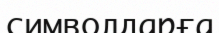
символдарға